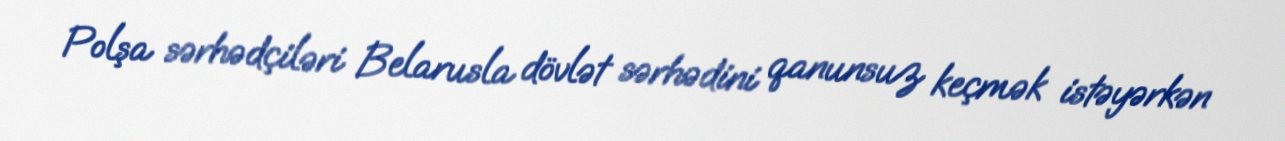
Polşa sərhədçiləri Belarusla dövlət sərhədini qanunsuz keçmək istəyərkən